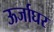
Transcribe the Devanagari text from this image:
ऊर्जाघर